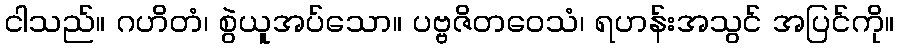
ငါသည်။ ဂဟိတံ၊ စွဲယူအပ်သော။ ပဗ္ဗဇိတဝေသံ၊ ရဟန်းအသွင် အပြင်ကို။